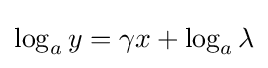
\log _{a}y=\gamma x+\log _{a}\lambda